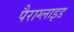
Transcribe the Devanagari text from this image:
पैराग्लाइड